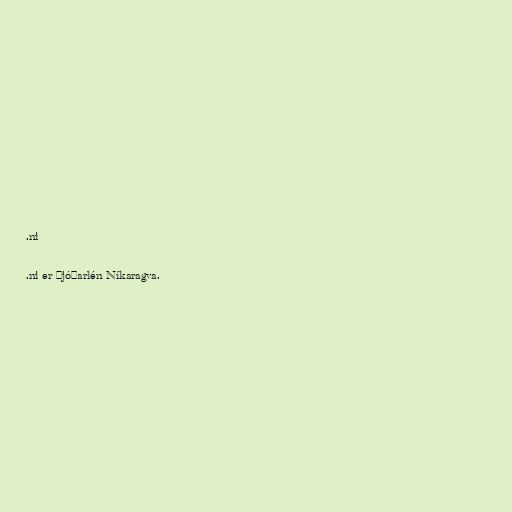
.ni

.ni er þjóðarlén Níkaragva.